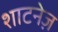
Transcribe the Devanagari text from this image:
शाटनेज़